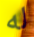
له